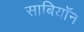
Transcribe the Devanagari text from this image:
साबियॉन